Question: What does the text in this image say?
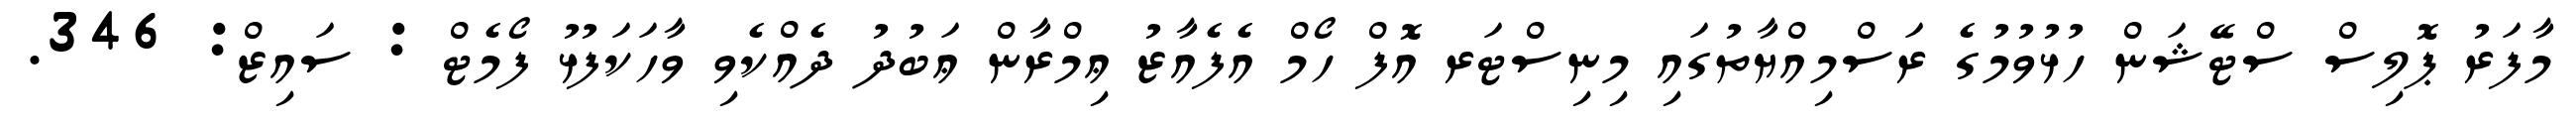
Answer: މާފަރު ޕޮލިސް ސްޓޭޝަން ހުޅުވުމުގެ ރަސްމިއްޔާތުގައި މިނިސްޓަރ އޮފް ހޯމް އެފެއާޒު ޢިމްރާން ޢަބުދު ދެއްކެވި ވާހަކަފުޅު ފޯމެޓް : ސައިޒް: 346.